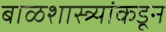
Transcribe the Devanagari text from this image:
बाळशास्त्र्यांकडून